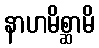
နာဟမိစ္ဆာမိ